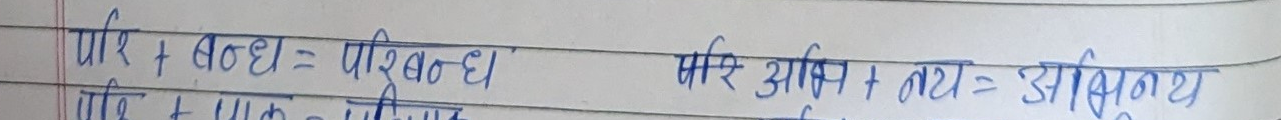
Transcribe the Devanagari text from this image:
परि + बन्ध = परिबन्ध
परि + मुक्त = परिमुक्त
परि आश्रित + तथ्य = आश्रितथ्य